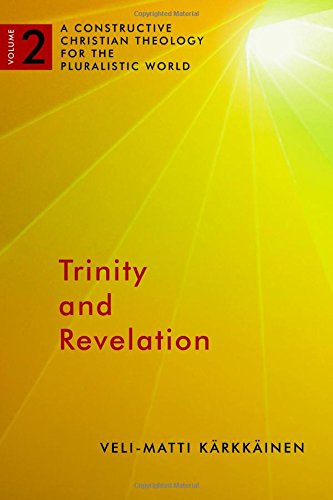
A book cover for Trinity and Revelation: A Constructive Christian Theology for the Pluralistic World, volume 2; Veli-Matti Karkkainen; Christian Books & Bibles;